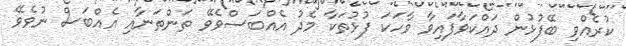
ކުރެއްވި ބޭފުޅުން ދައްކަވާފައިވާ ވާހަކަ ފުޅުތަކާ މެދު އެއްބަސްވެވޭ ތަންތަނާއި އެއްބަސް ނުވެވޭ